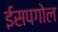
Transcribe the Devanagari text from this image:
ईसपगोल